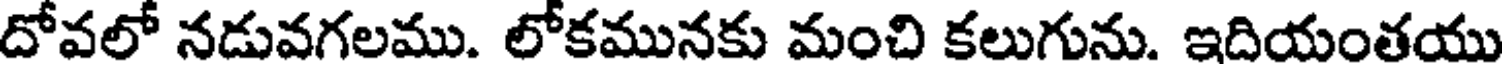
దోవలో నడువగలము. లోకమునకు మంచి కలుగును. ఇదియంతయు